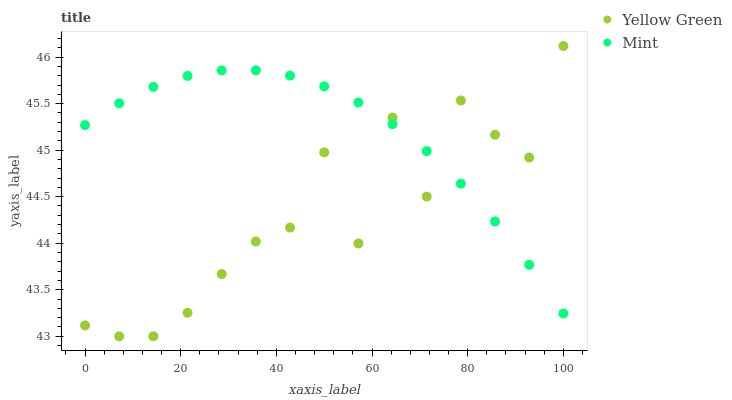
| xaxis_label | Yellow Green | Mint |
 | --- | --- | --- |
 | 0 | 43.1 | 45.3 |
 | 7.14 | 43 | 45.5 |
 | 14.3 | 43 | 45.7 |
 | 21.4 | 43.3 | 45.8 |
 | 28.6 | 43.7 | 45.9 |
 | 35.7 | 44 | 45.9 |
 | 42.9 | 44.2 | 45.8 |
 | 50 | 45 | 45.7 |
 | 57.1 | 44 | 45.5 |
 | 64.3 | 45.4 | 45.3 |
 | 71.4 | 44.5 | 45 |
 | 78.6 | 45.5 | 44.6 |
 | 85.7 | 45.2 | 44.2 |
 | 92.9 | 44.9 | 43.8 |
 | 100 | 46.1 | 43.2 |